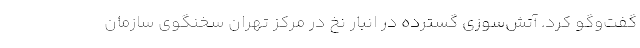
گفت‌وگو کرد. آتش‌سوزی گسترده در انبار نخ در مرکز تهران سخنگوی سازمان